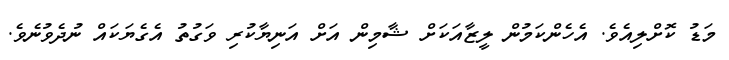
މަޑު ކޮށްލިއެެވެ. އެހެންކަމުން ލީޒާއަކަށް ޝާމިން އަށް އަނިޔާކުރި ވަގުތު އެގެޔަކައް ނުދެވުނެވެ.